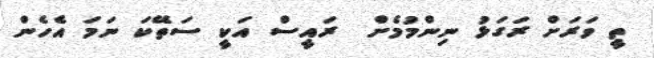
ތީ ވަރަށް ރަގަޅު ނިންމުމެށް  ރައީސް އަކީ ސަތޭކަ ނަމަ އެހެން